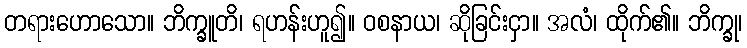
တရားဟောသော။ ဘိက္ခူတိ၊ ရဟန်းဟူ၍။ ဝစနာယ၊ ဆိုခြင်းငှာ။ အလံ၊ ထိုက်၏။ ဘိက္ခု၊